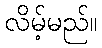
လိမ့်မည်။